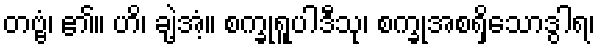
တဗ္ဗံ၊ ၏။ ဟိ၊ ချဲ့အံ့။ စက္ခုရူပါဒီသု၊ စက္ခုအစရှိသောဒွါရ၊